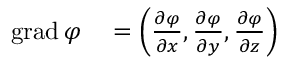
\begin{array} { r l } { \operatorname { g r a d } \varphi } & { { } = \left( { \frac { \partial \varphi } { \partial x } } , { \frac { \partial \varphi } { \partial y } } , { \frac { \partial \varphi } { \partial z } } \right) } \end{array}